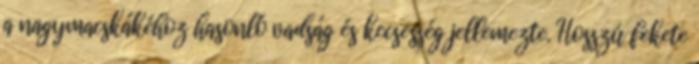
a nagymacskákéhoz hasonló vadság és kecsesség jellemezte. Hosszú fekete